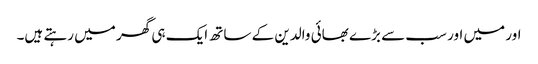
اور میں اور سب سے بڑے بھائی والدین کے ساتھ ایک ہی گھر میں رہتے ہیں۔